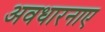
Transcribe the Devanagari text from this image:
अवधारनाए